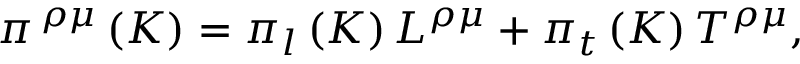
\pi ^ { \, \rho \mu } \left( K \right) = \pi _ { l } \left( K \right) L ^ { \rho \mu } + \pi _ { t } \left( K \right) T ^ { \rho \mu } ,